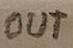
Text: OUT